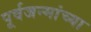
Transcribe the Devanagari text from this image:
पूर्वजन्मांच्या